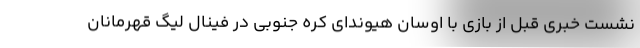
نشست خبری قبل از بازی با اوسان هیوندای کره جنوبی در فینال لیگ قهرمانان